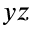
y z